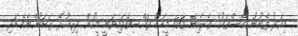
މިއަދު ފެނުނު ކޭސްތަކުގެ ތެރެއިން 156 މީހަކު ފައްސިވެފައިވަނީ މީހުން ދިރިއުޅޭ ރަށަކުންނެވެ.އަދި